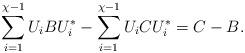
LaTeX: \begin{align*}\sum_{i=1}^{\chi-1} U_iBU_i^* - \sum_{i=1}^{\chi-1} U_iCU_i^* = C - B.\end{align*}